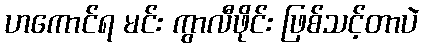
ဟကောင်ရ မင်း ကွာလီဖိုင်း ဖြစ်သင့်တာပဲ